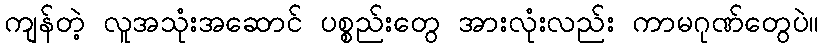
ကျန်တဲ့ လူအသုံးအဆောင် ပစ္စည်းတွေ အားလုံးလည်း ကာမဂုဏ်တွေပဲ။